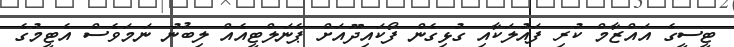
ޓީސީގެ އައްޒާމް ކުރި ފައުލަކާއި ގުޅިގެން ފޯކައިދޫއަށް ޕެނަލްޓީއެއް ލިބުނު ނަމަވެސް އެޓީމުގެ